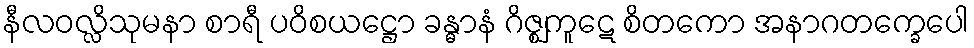
နီလဝလ္လိသုမနာ စာရီ ပဝိစယဋ္ဌော ခန္ဓာနံ ဂိဇ္ဈကူဋေ စိတကော အနာဂတက္ခေပေါ